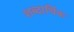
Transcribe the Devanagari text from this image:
शब्दार्थिक